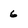
Character: 6